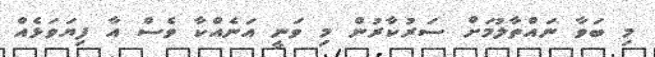
މި ބަވާ ނައްތާލުމަށް ސަރުކާރުން މި ވަނީ އަނެއްކާ ވެސް އާ ފިޔަވަޅެއް